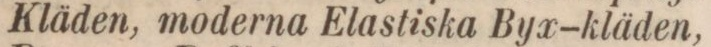
Kläden, moderna Elastiska Byx-kläden,